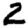
Digit: 2